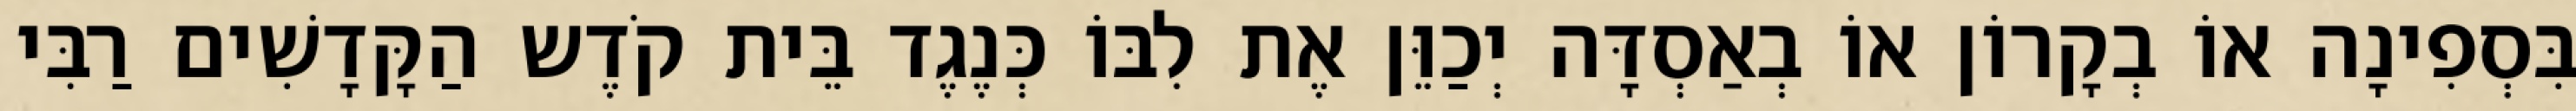
בִּסְפִינָה אוֹ בְקָרוֹן אוֹ בְאַסְדָּה יְכַוֵּן אֶת לִבּוֹ כְּנֶגֶד בֵּית קֹדֶש הַקָּדָשִׁים רַבִּי